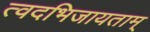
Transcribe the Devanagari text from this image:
त्वदभिजायताम्